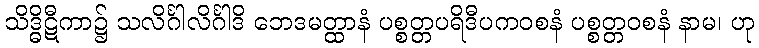
သိဒ္ဓိဋီကာ၌ သလိင်္ဂါလိင်္ဂါဒိ ဘေဒမတ္ထာနံ ပစ္စတ္တပရိဒီပကဝစနံ ပစ္စတ္တဝစနံ နာမ၊ ဟု